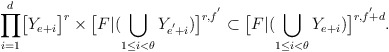
\begin{align*}\displaystyle{\prod_{i=1}^{d}}\big{[}Y_{e+i}\big{]}^{r}\times\big{[}F|(\bigcup_{1\leq i<\theta}Y_{e^{'}\!+i})\big{]}^{r,f^{'}}\subset\big{[}F|(\bigcup_{1\leq i<\theta}Y_{e+i})\big{]}^{r,f^{'}\!\!+d}.\end{align*}